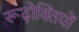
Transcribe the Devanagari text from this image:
रूढ़ोक्तियों